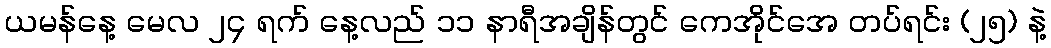
ယမန်နေ့ မေလ ၂၄ ရက် နေ့လည် ၁၁ နာရီအချိန်တွင် ကေအိုင်အေ တပ်ရင်း (၂၅) နဲ့